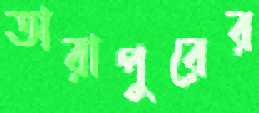
তারাপুরের